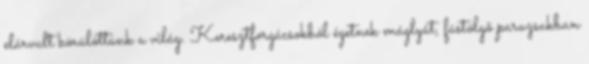
elárvult körülöttünk a világ. Keresztforgácsokból égetnek máglyát, füstölgő parazsakban